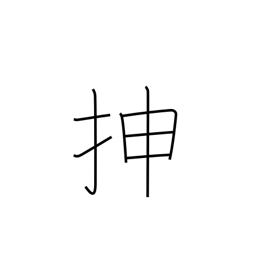
Meaning: extend